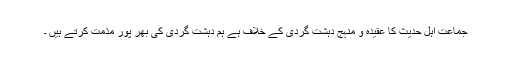
جماعت اہل حدیث کا عقیدہ و منہج دہشت گردی کے خلاف ہے ہم دہشت گردی کی بھر پور مذمت کرتے ہیں ۔